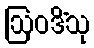
ဩဝဒိံသု